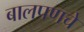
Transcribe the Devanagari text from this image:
बालपणचे